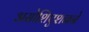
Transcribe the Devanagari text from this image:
असोशिएशनने